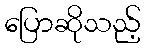
ပြောဆိုသည့်